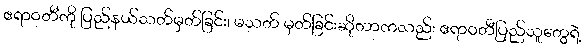
ဧရာဝတီကို ပြည်နယ်သတ်မှတ်ခြင်း၊ မသတ် မှတ်ခြင်းဆိုတာကလည်း ဧရာဝတီပြည်သူတွေရဲ့